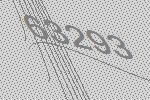
63293